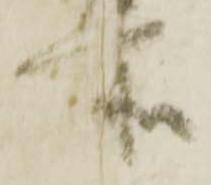
所